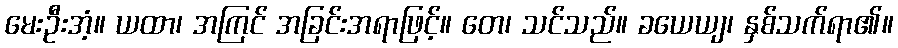
မေးဦးအံ့။ ယထာ၊ အကြင် အခြင်းအရာဖြင့်။ တေ၊ သင်သည်။ ခယေယျ၊ နှစ်သက်ရာ၏။